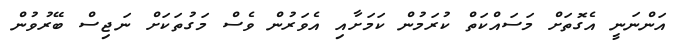
އަންނަނީ އެގޮތަށް މަސައްކަތް ކުރަމުން ކަމަށާއި އެވަރުން ވެސް މަގުތަކަށް ނަޖިސް ބޭރުވުން